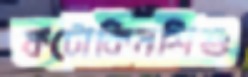
ফটোকিনশিশু